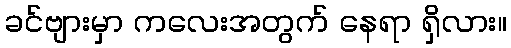
ခင်ဗျားမှာ ကလေးအတွက် နေရာ ရှိလား။